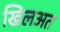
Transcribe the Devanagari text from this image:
खिलअत